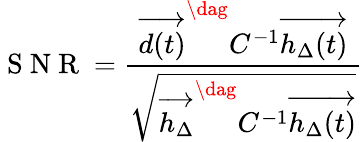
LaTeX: \mathrm{~S~N~R~}=\frac{\overrightarrow{d(t)}^{\dag}C^{-1}\overrightarrow{h_{\Delta}(t)}}{\sqrt{\overrightarrow{h_{\Delta}}^{\dag}C^{-1}\overrightarrow{h_{\Delta}(t)}}}